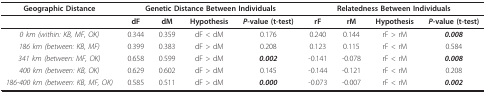
| Geographic Distance | <COLSPAN=4> Genetic Distance Between Individuals | <COLSPAN=4> Relatedness Between Individuals |
 | --- | --- | --- | --- | --- | --- | --- | --- | --- |
 |  | dF | dM | Hypothesis | P-value (t-test) | rF | rM | Hypothesis | P-value (t-test) |
 | 0 km (within: KB, MF, OK) | 0.344 | 0.359 | dF < dM | 0.176 | 0.240 | 0.144 | rF > rM | 0.008 |
 | 186 km (between: KB, MF) | 0.399 | 0.383 | dF > dM | 0.208 | 0.123 | 0.115 | rF < rM | 0.584 |
 | 341 km (between: MF, OK) | 0.658 | 0.599 | dF > dM | 0.002 | -0.141 | -0.078 | rF < rM | 0.008 |
 | 400 km (between: KB, OK) | 0.629 | 0.602 | dF > dM | 0.145 | -0.144 | -0.121 | rF < rM | 0.208 |
 | 186-400 km (between: KB, MF, OK) | 0.585 | 0.511 | dF > dM | 0.000 | -0.073 | -0.007 | rF < rM | 0.002 |